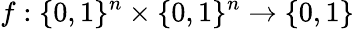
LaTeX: f:\{ 0,1\} ^{n}\times\{ 0,1\} ^{n}\to\{ 0,1\}